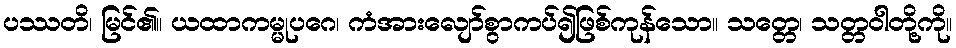
ပဿတိ၊ မြင်၏။ ယထာကမ္မုပဂေ၊ ကံအားလျော်စွာကပ်၍ဖြစ်ကုန်သော။ သတ္တေ၊ သတ္တဝါတို့ကို။